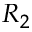
R _ { 2 }